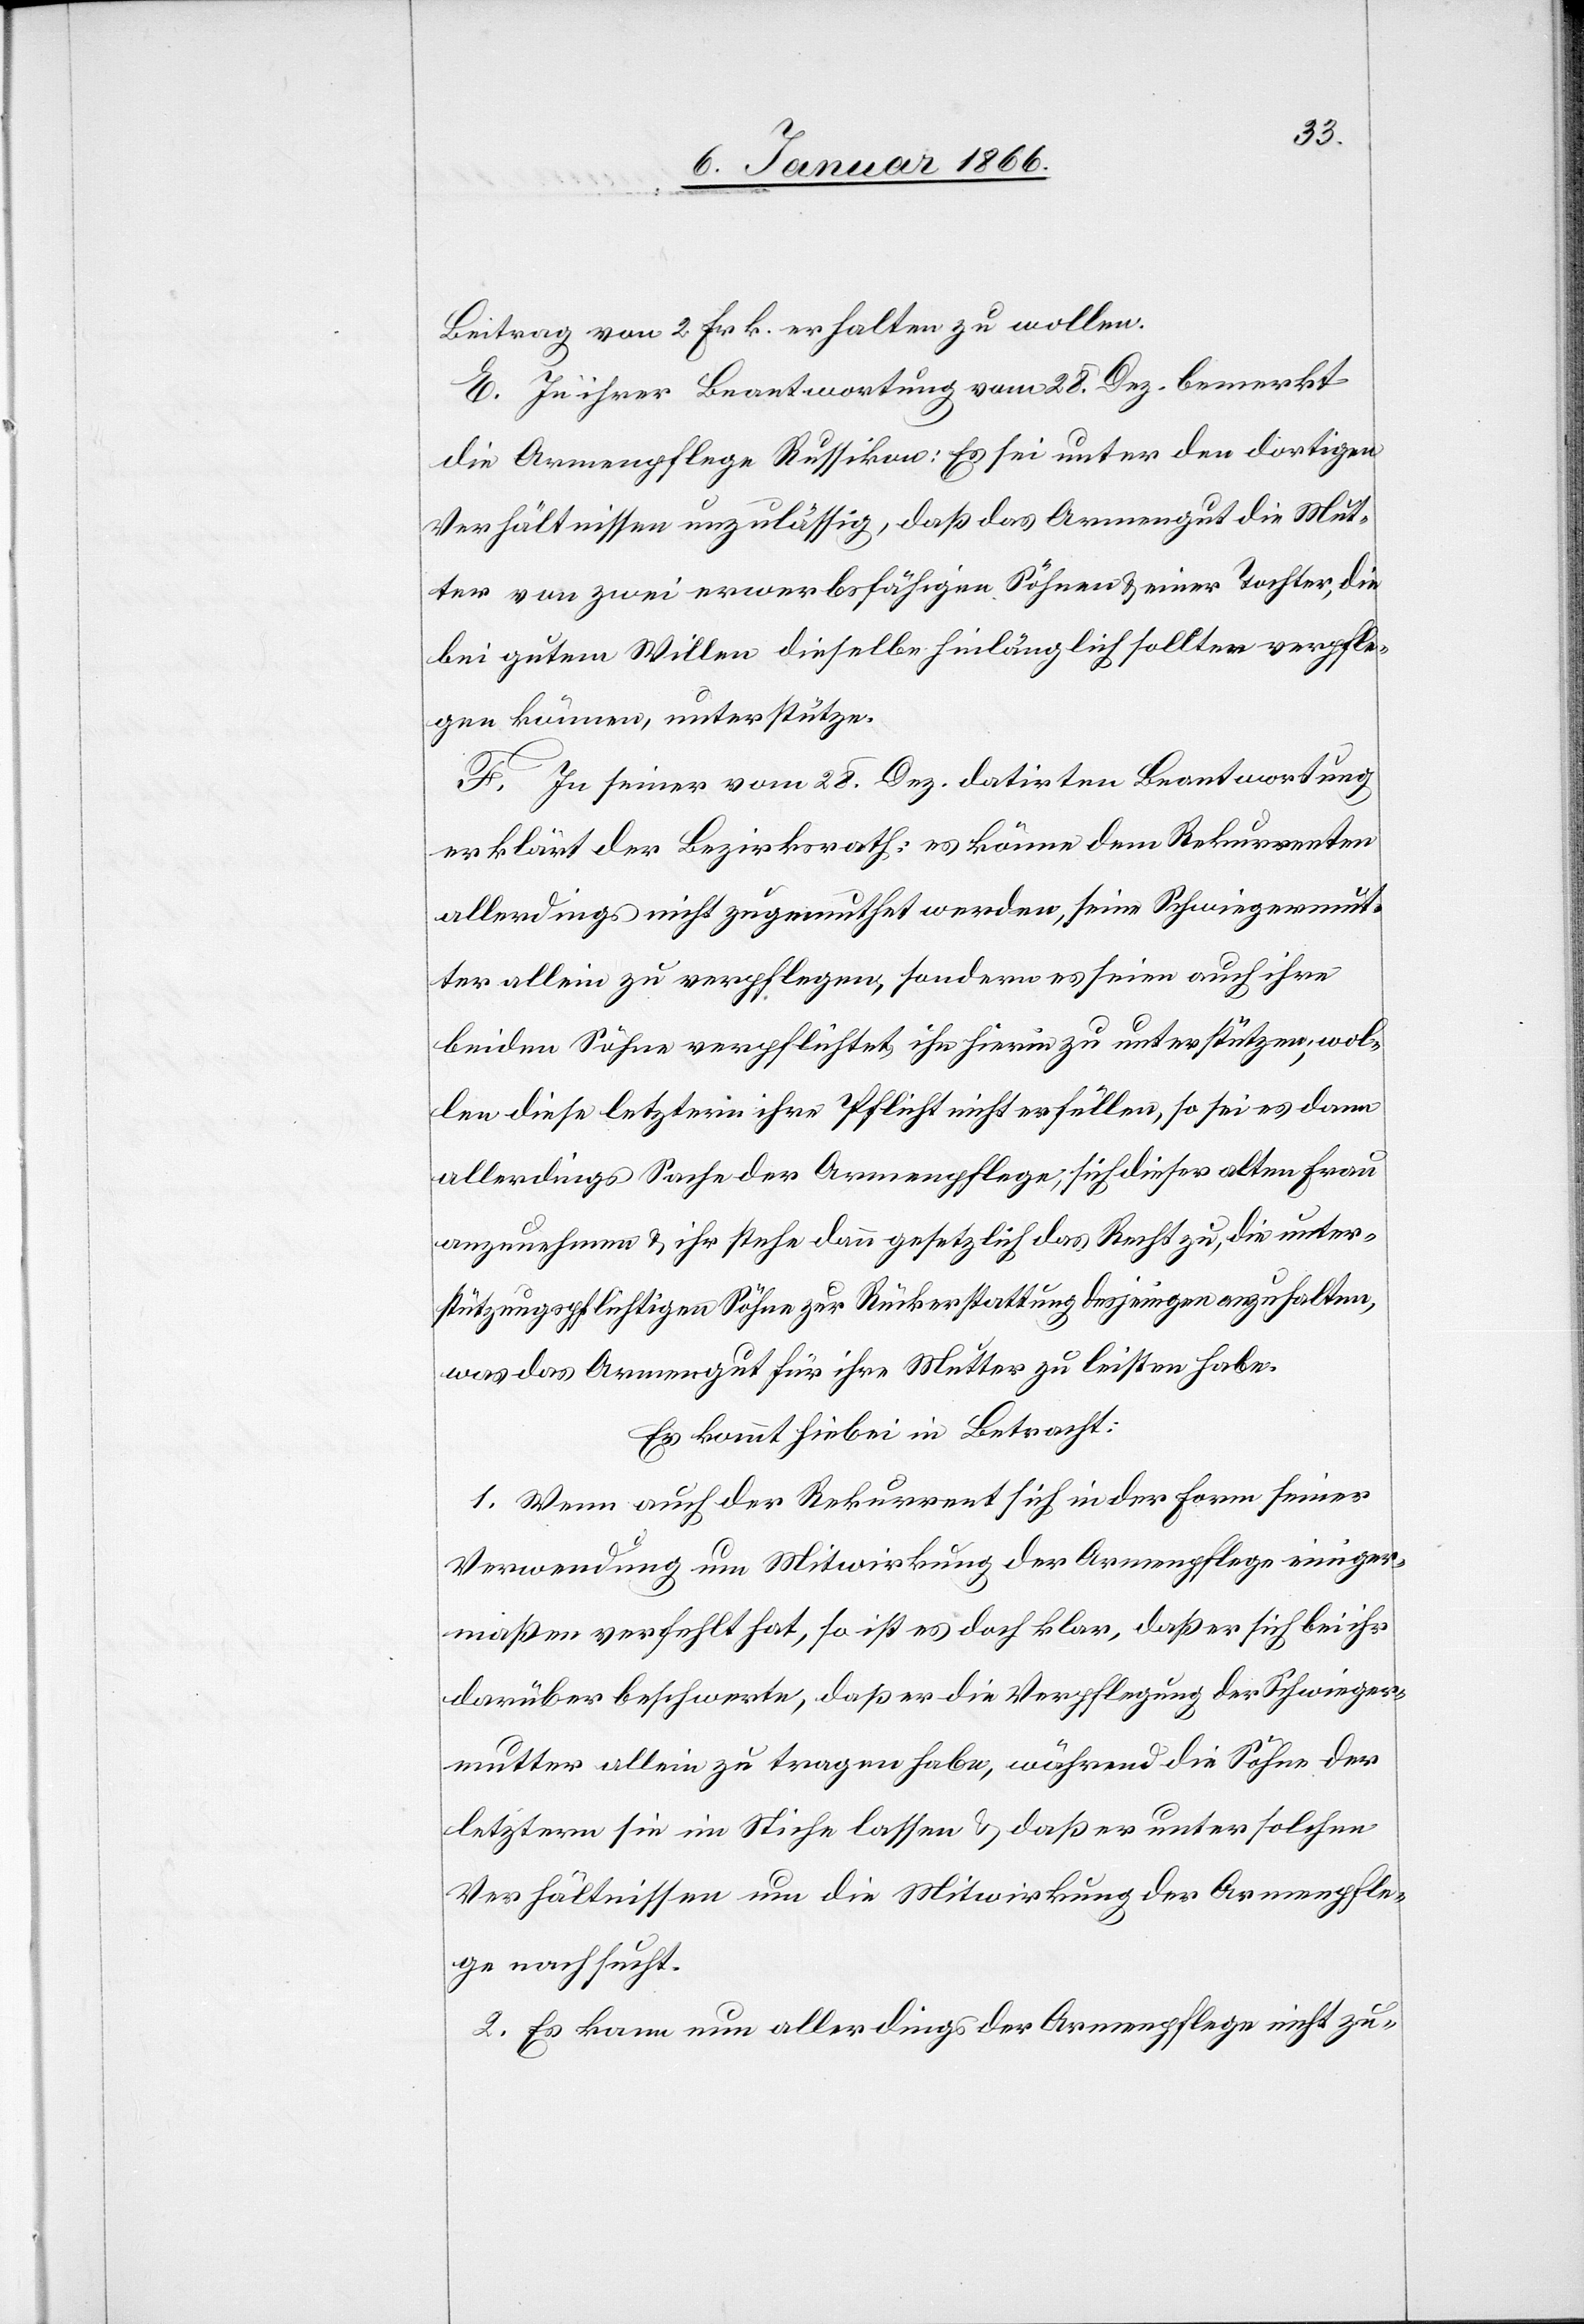
Beitrag von 2 Frk. erhalten zu wollen.
E. In ihrer Beantwortung von 28. Dez. bemerkt
die Armenpflege Russikon: Es sei unter den dortigen
Verhältnissen unzulässig, daß das Armengut die Mut¬
ter von zwei erwerbsfähigen Söhnen u. einer Tochter, die
bei gutem Willen dieselbe hinlänglich sollten verpfle¬
gen können, unterstütze.
F. In seiner vom 28. Dez. datirten Beantwortung
erklärt der Bezirksrath: es könne dem Rekurrenten
allerdings nicht zugemuthet werden, seine Schwiegermut¬
ter allein zu verpflegen, sondern es seien auch ihre
beiden Söhne verpflichtet, ihn hierin zu unterstützen; wol¬
len diese letztern ihre Pflicht nicht erfüllen, so sei es dann
allerdings Sache der Armenpflege, sich dieser alten Frau
anzunehmen u. ihr stehe dann gesetzlich das Recht zu, die unter¬
stützungspflichtigen Söhne zur Rückerstattung desjenigen anzuhalten,
was das Armengut für ihre Mutter zu leisten habe.
Es kommt hiebei in Betracht:
1. Wenn auch der Rekurrent sich in der Form seiner
Verwendung um Mitwirkung der Armenpflege einiger¬
maßen verfehlt hat, so ist es doch klar, daß er sich bei ihr
darüber beschwerte, daß er die Verpflegung der Schwieger¬
mutter allein zu tragen habe, während die Söhne der
letztern sie in Stiche lassen u. daß er unter solchen
Verhältnissen um die Mitwirkung der Armenpfle¬
ge nachsucht.
2. Es kann nun allerdings der Armenpflege nicht zu-